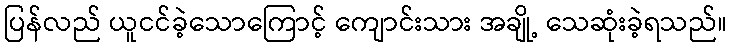
ပြန်လည် ယူငင်ခဲ့သောကြောင့် ကျောင်းသား အချို့ သေဆုံးခဲ့ရသည်။